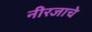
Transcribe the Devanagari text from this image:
नीरजाचे